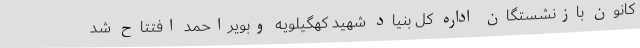
کانون بازنشستگان اداره کل بنیاد شهید کهگیلویه وبویراحمد افتتاح شد